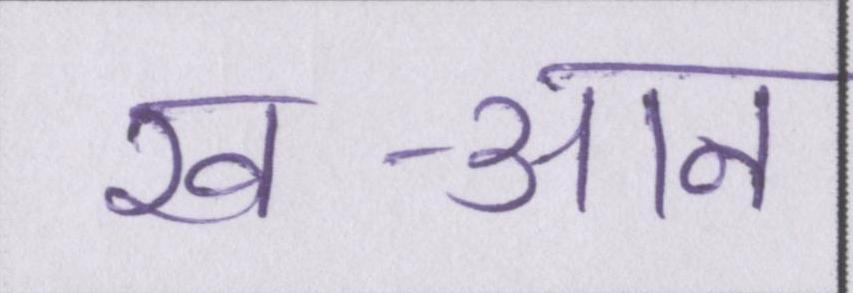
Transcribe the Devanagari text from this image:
ख-आन